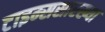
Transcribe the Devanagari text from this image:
टाइम्ससारख्या